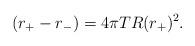
LaTeX: \begin{align*}(r_+ - r_-) = 4\pi T R(r_+)^2.\end{align*}